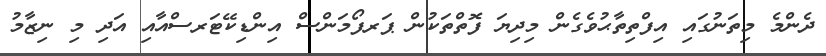
ދެންމެ މިތަނުގައި އިފްތިތާޙުވެގެން މިދިޔަ ފޮތްތަކުން ޕަރފޯމަންސް އިންޑިކޭޓަރސްއާއި އަދި މި ނިޒާމު